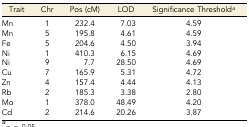
<table><thead><tr><td><b>Trait</b></td><td><b>Chr</b></td><td><b>Pos (cM)</b></td><td><b>LOD</b></td><td><b>Significance Threshold<i><sup>a</sup></i></b></td></tr></thead><tbody><tr><td>Mn</td><td>1</td><td>232.4</td><td>7.03</td><td>4.59</td></tr><tr><td>Mn</td><td>5</td><td>195.8</td><td>4.61</td><td>4.59</td></tr><tr><td>Fe</td><td>5</td><td>204.6</td><td>4.50</td><td>3.94</td></tr><tr><td>Ni</td><td>1</td><td>410.3</td><td>6.15</td><td>4.69</td></tr><tr><td>Ni</td><td>9</td><td>7.7</td><td>28.50</td><td>4.69</td></tr><tr><td>Cu</td><td>7</td><td>165.9</td><td>5.31</td><td>4.72</td></tr><tr><td>Zn</td><td>4</td><td>157.4</td><td>4.44</td><td>4.13</td></tr><tr><td>Rb</td><td>2</td><td>185.3</td><td>3.38</td><td>2.80</td></tr><tr><td>Mo</td><td>1</td><td>378.0</td><td>48.49</td><td>4.20</td></tr><tr><td>Cd</td><td>2</td><td>214.6</td><td>20.26</td><td>3.87</td></tr></tbody></table>